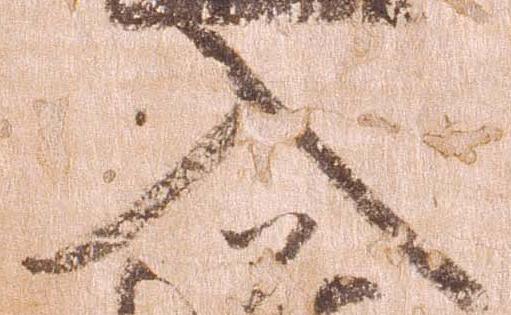
入